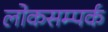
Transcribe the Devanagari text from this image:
लोकसम्पर्क